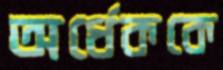
অর্ধেককে